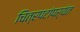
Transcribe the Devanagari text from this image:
चित्रपटांपर्यंत